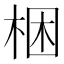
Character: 梱